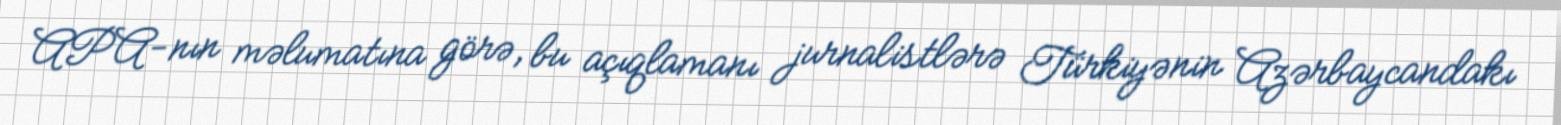
APA-nın məlumatına görə, bu açıqlamanı jurnalistlərə Türkiyənin Azərbaycandakı